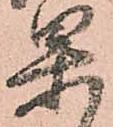
果